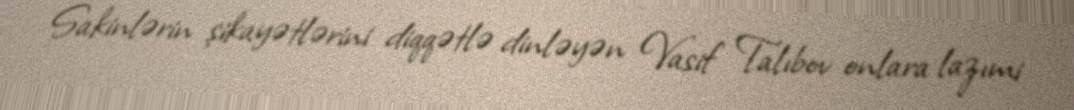
Sakinlərin şikayətlərini diqqətlə dinləyən Vasif Talıbov onlara lazımi